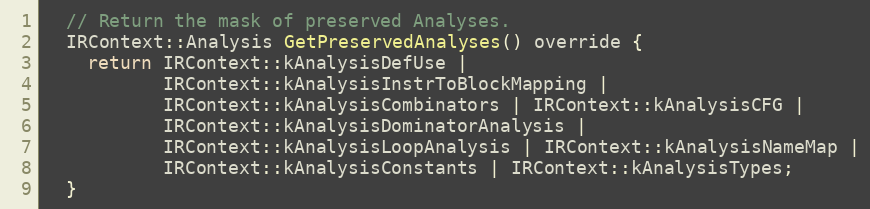
Language: C
  // Return the mask of preserved Analyses.
  IRContext::Analysis GetPreservedAnalyses() override {
    return IRContext::kAnalysisDefUse |
           IRContext::kAnalysisInstrToBlockMapping |
           IRContext::kAnalysisCombinators | IRContext::kAnalysisCFG |
           IRContext::kAnalysisDominatorAnalysis |
           IRContext::kAnalysisLoopAnalysis | IRContext::kAnalysisNameMap |
           IRContext::kAnalysisConstants | IRContext::kAnalysisTypes;
  }